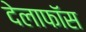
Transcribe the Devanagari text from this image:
देलाफॉस